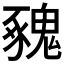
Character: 𩳥